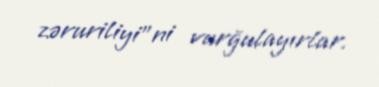
zəruriliyi”ni vurğulayırlar.